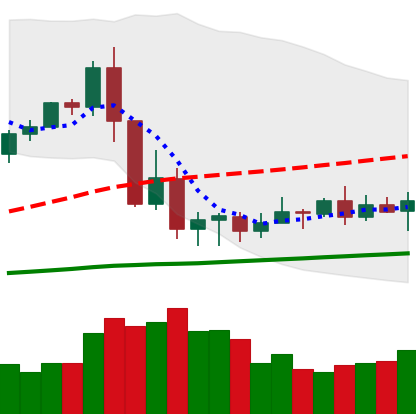
Ticker: XRP-USD
Chart end date: 2020-09-16
Forward return: -6.338%
Label: down_5_7